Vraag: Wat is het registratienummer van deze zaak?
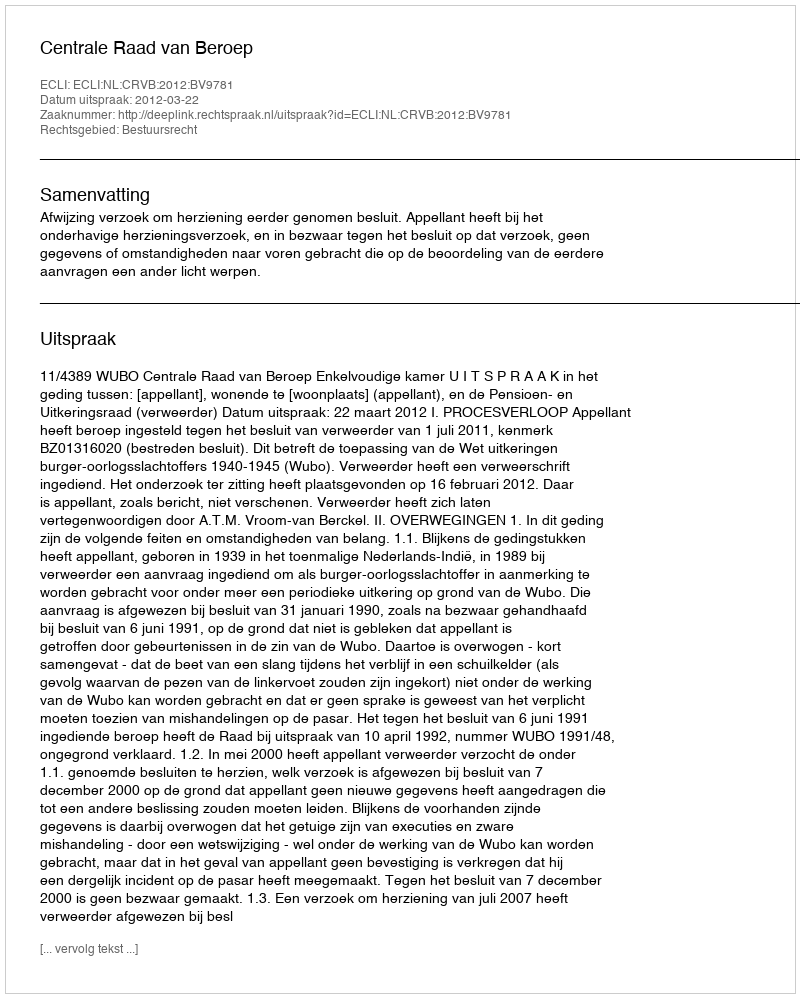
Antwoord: http://deeplink.rechtspraak.nl/uitspraak?id=ECLI:NL:CRVB:2012:BV9781